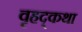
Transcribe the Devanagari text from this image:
वृहद्कथा